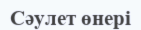
Cәулет өнері